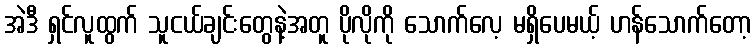
အဲဒီ ရှင်လူထွက် သူငယ်ချင်းတွေနဲ့အတူ ပိုလိုကို သောက်လေ့ မရှိပေမယ့် ဟန်သောက်တော့